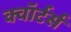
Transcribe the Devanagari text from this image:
क्वॉर्टर्स